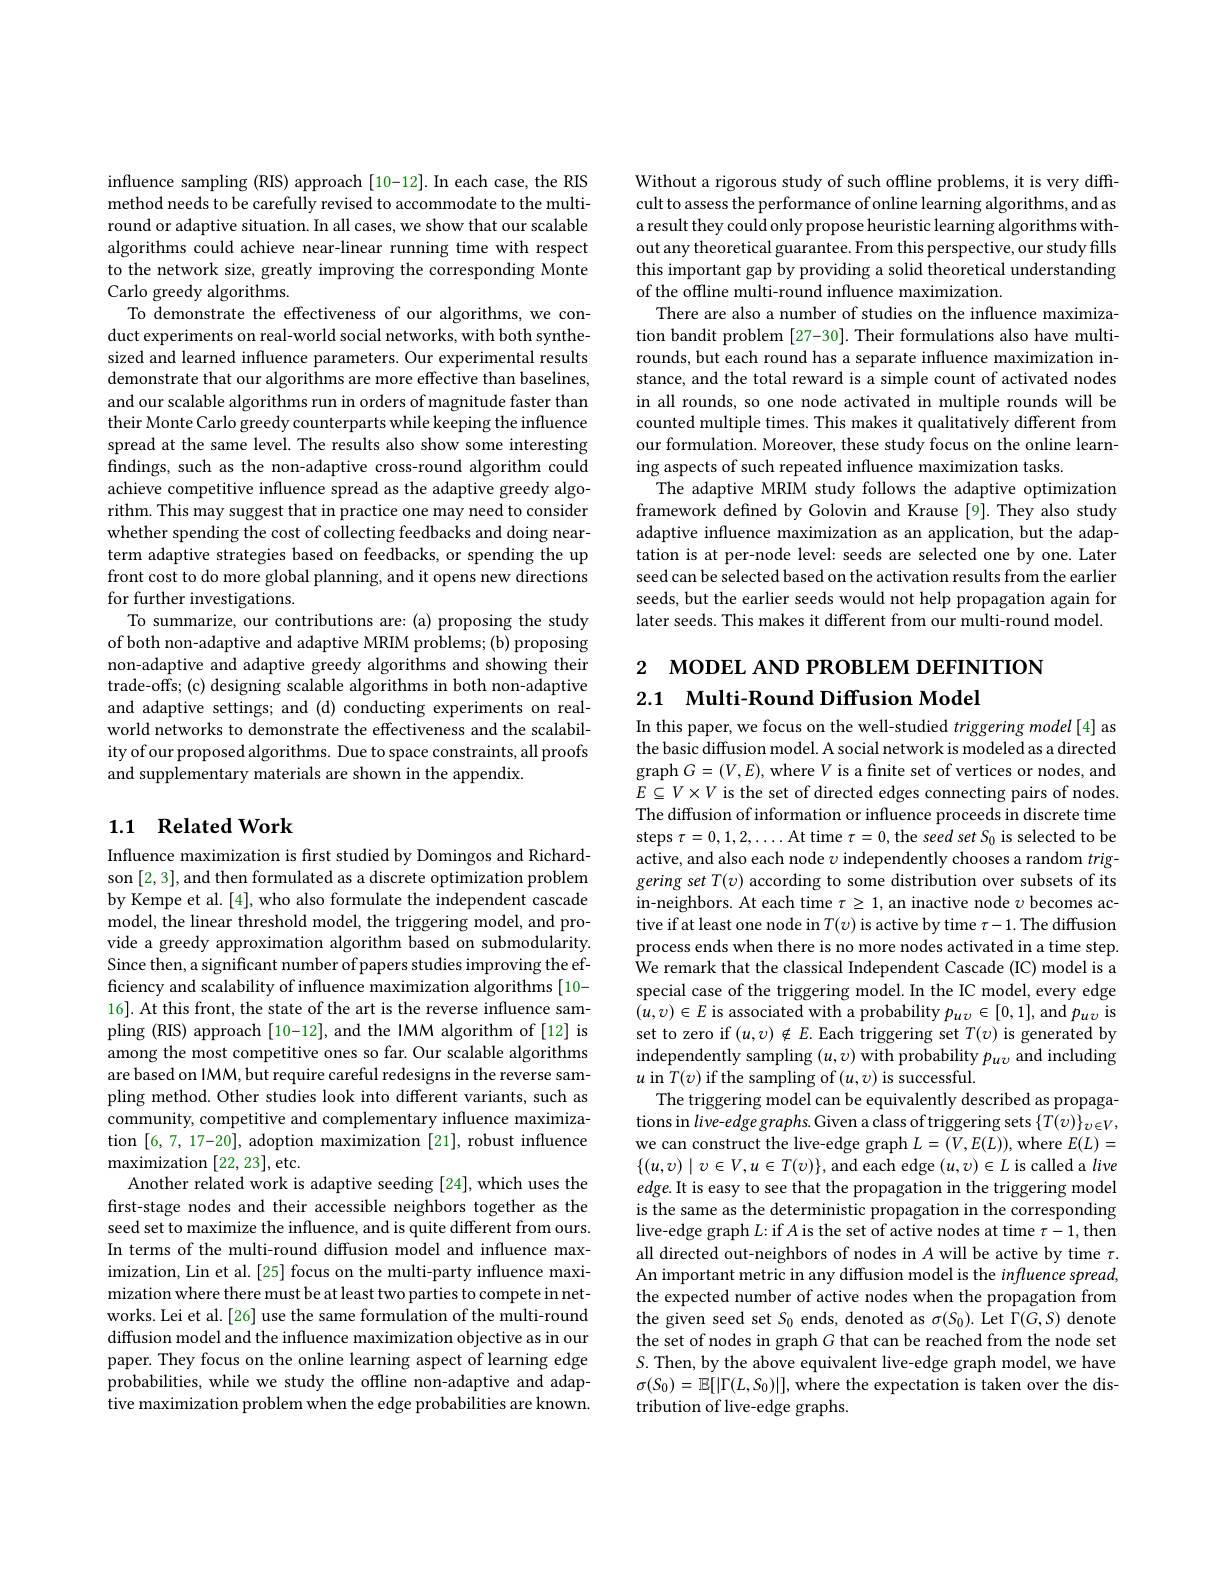
influence sampling (RIS) approach [10-12]. In each case, the RIS method needs to be carefully revised to accommodate to the multiround or adaptive situation. In all cases, we show that our scalable algorithms could achieve near-linear running time with respect to the network size, greatly improving the corresponding Monte Carlo greedy algorithms.
To demonstrate the effectiveness of our algorithms, we conduct experiments on real-world social networks, with both synthesized and learned influence parameters. Our experimental results demonstrate that our algorithms are more effective than baselines, and our scalable algorithms run in orders of magnitude faster than their Monte Carlo greedy counterparts while keeping the influence spread at the same level. The results also show some interesting findings, such as the non-adaptive cross-round algorithm could achieve competitive influence spread as the adaptive greedy algorithm. This may suggest that in practice one may need to consider whether spending the cost of collecting feedbacks and doing nearterm adaptive strategies based on feedbacks, or spending the up front cost to do more global planning, and it opens new directions for further investigations.
To summarize, our contributions are: (a) proposing the study of both non-adaptive and adaptive MRIM problems; (b) proposing non-adaptive and adaptive greedy algorithms and showing their trade-offs; (c) designing scalable algorithms in both non-adaptive and adaptive settings; and (d) conducting experiments on realworld networks to demonstrate the effectiveness and the scalability of our proposed algorithms. Due to space constraints, all proofs and supplementary materials are shown in the appendix.

## 1.1 Related Work

Influence maximization is first studied by Domingos and Richardson [2,3], and then formulated as a discrete optimization problem by Kempe et al. [4], who also formulate the independent cascade model, the linear threshold model, the triggering model, and provide a greedy approximation algorithm based on submodularity. Since then, a significant number of papers studies improving the efficiency and scalability of influence maximization algorithms[10- 16]. At this front, the state of the art is the reverse influence sampling (RIS) approach[10-12], and the IMM algorithm of[12] is among the most competitive ones so far. Our scalable algorithms are based on IMM, but require careful redesigns in the reverse sampling method. Other studies look into different variants, such as community, competitive and complementary influence maximization [6,7,17-20], adoption maximization [21], robust influence maximization [ 22, 23] , etc.
Another related work is adaptive seeding [24], which uses the first-stage nodes and their accessible neighbors together as the seed set to maximize the influence, and is quite different from ours. In terms of the multi-round diffusion model and influence maximization, Lin et al. [25] focus on the multi-party influence maximization where there must be at least two parties to compete in networks. Lei et al.[26] use the same formulation of the multi-round diffusion model and the influence maximization objective as in our paper. They focus on the online learning aspect of learning edge probabilities, while we study the offline non-adaptive and adaptive maximization problem when the edge probabilities are known.

Without a rigorous study of such offline problems, it is very diffcult to assess the performance of online learning algorithms, and as a result they could only propose heuristic learning algorithms without any theoretical guarantee. From this perspective, our study fills this important gap by providing a solid theoretical understanding of the offline multi-round influence maximization.
There are also a number of studies on the influence maximization bandit problem [27-30]. Their formulations also have multirounds, but each round has a separate influence maximization instance, and the total reward is a simple count of activated nodes in all rounds, so one node activated in multiple rounds will be counted multiple times. This makes it qualitatively different from our formulation. Moreover, these study focus on the online learning aspects of such repeated influence maximization tasks.
The adaptive MRIM study follows the adaptive optimization framework defined by Golovin and Krause [9]. They also study adaptive influence maximization as an application, but the adaptation is at per-node level: seeds are selected one by one. Later seed can be selected based on the activation results from the earlier seeds, but the earlier seeds would not help propagation again for later seeds. This makes it different from our multi-round model.

# 2 мореL АND РROвLEM DEFINITION 2.1 Multi-Round Diffusion Model

In this paper, we focus on the well-studied triggering model[4] as the basic diffusion model. A social network is modeled as a directed graph $G=(V,E)$, where $V$ is a finite set of vertices or nodes, and $E\subseteq V\times V$ is the set of directed edges connecting pairs of nodes. The diffusion of information or influence proceeds in discrete time steps $\tau=0,1,2,\ldots$At time $\tau=0$,the seed set $S_0$ is selected to be active, and also each node $\upsilon$ independently chooses a random triggering set T(v) according to some distribution over subsets of its $\begin{array}{l}{\mathrm{in-neighbors.~At~each~time~}\tau\geq1,~an~inactive~node~}v~becomes~ac-\\{\mathrm{tive~if~at~least~one~node~in~}T(v)~is~active~by~time~}\tau-1.~\mathrm{The~diffusion}\end{array}$ process ends when there is no more nodes activated in a time step. We remark that the classical Independent Cascade (IC) model is a special case of the triggering model. In the IC model, every edge $(\hat{u},v)\in E$ is associated with a probability $p_uv\in[0,1]$,and $p_u\upsilon$ is set to zero if $(u,v)\notin E.$ Each triggering set $T(v)$ is generated by independently sampling $(u,v)$ with probability $p_u\upsilon$ and including $u$ in $T(v)$ if the sampling of $(u,v)$ is successful.
The triggering model can be equivalently described as propagations in live-edge graphs. Given a class of triggering sets $\{T(v)\}_{\upsilon\in V}$, we can construct the live-edge graph $L=(V,E(L))$,where $E(L)=$ $\{(u,v)\mid v\in V,u\in T(v)\}$, and each edge $(u,v)\in L$ is called a live edge. It is easy to see that the propagation in the triggering model is the same as the deterministic propagation in the corresponding live-edge graph $L{:}$if A is the set of active nodes at time $\tau-1$,then all directed out-neighbors of nodes in $A$ will be active by time $\tau.$ An important metric in any diffusion model is the influence spread, the expected number of active nodes when the propagation from the given seed set $S_0$ ends, denoted as $\sigma(S_0).$ Let $\Gamma(G,S)$ denote the set of nodes in graph $G$ that can be reached from the node set $S.$ Then, by the above equivalent live-edge graph model, we have $\sigma(S_{0})=\mathbb{E}[|\Gamma(L,S_{0})|]$, where the expectation is taken over the distribution of live-edge graphs.